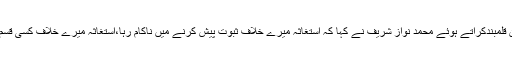
فلیگ شپ ریفرنس میں بیان قلمبندکراتے ہوئے محمد نواز شریف نے کہا کہ استغاثہ میرے خلاف ثبوت پیش کرنے میں ناکام رہا،استغاثہ میرے خلاف کسی قسم کا ثبوت پیش نہیں کرسکا۔